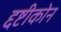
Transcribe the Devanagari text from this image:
द्दष्टीकोन